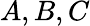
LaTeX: A,B,C